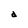
Character: d